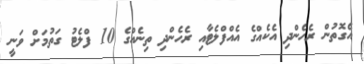
އެގޮތުން ރެހެންދި އެކެއްގެ އެއްފްލެޓާއި ރެހެންދި ތިނެއްގެ 10 ފްލެޓު ގަތުމަށް ވަނީ